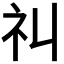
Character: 𥘊